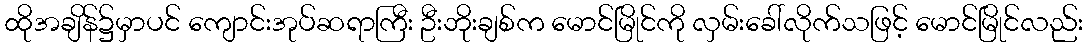
ထိုအချိန်၌မှာပင် ကျောင်းအုပ်ဆရာကြီး ဦးဘိုးချစ်က မောင်မြိုင်ကို လှမ်းခေါ်လိုက်သဖြင့် မောင်မြိုင်လည်း